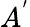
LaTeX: A^{'}